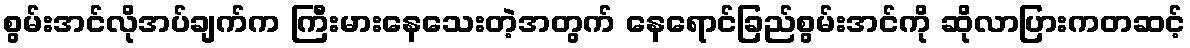
စွမ်းအင်လိုအပ်ချက်က ကြီးမားနေသေးတဲ့အတွက် နေရောင်ခြည်စွမ်းအင်ကို ဆိုလာပြားကတဆင့်